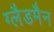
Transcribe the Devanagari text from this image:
ग्लैडमैन